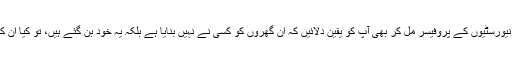
یہ گھر جو آپ کے سامنے کھڑے ہیں، اگر تمام دنیا کی یونیورسٹیوں کے پروفیسر مل کر بھی آپ کو یقین دلائیں کہ ان گھروں کو کسی نے نہیں بنایا ہے بلکہ یہ خود بن گئے ہیں، تو کیا ان کے یقین دلانے سے آپ کو ایسی لغو بات پر یقین آجائے گا؟